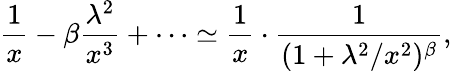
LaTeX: \frac{1}{x}-\beta\frac{\lambda^{2}}{x^{3}}+\cdots\simeq\frac{1}{x}\cdot\frac{1}{(1+\lambda^{2}/x^{2})^{\beta}},